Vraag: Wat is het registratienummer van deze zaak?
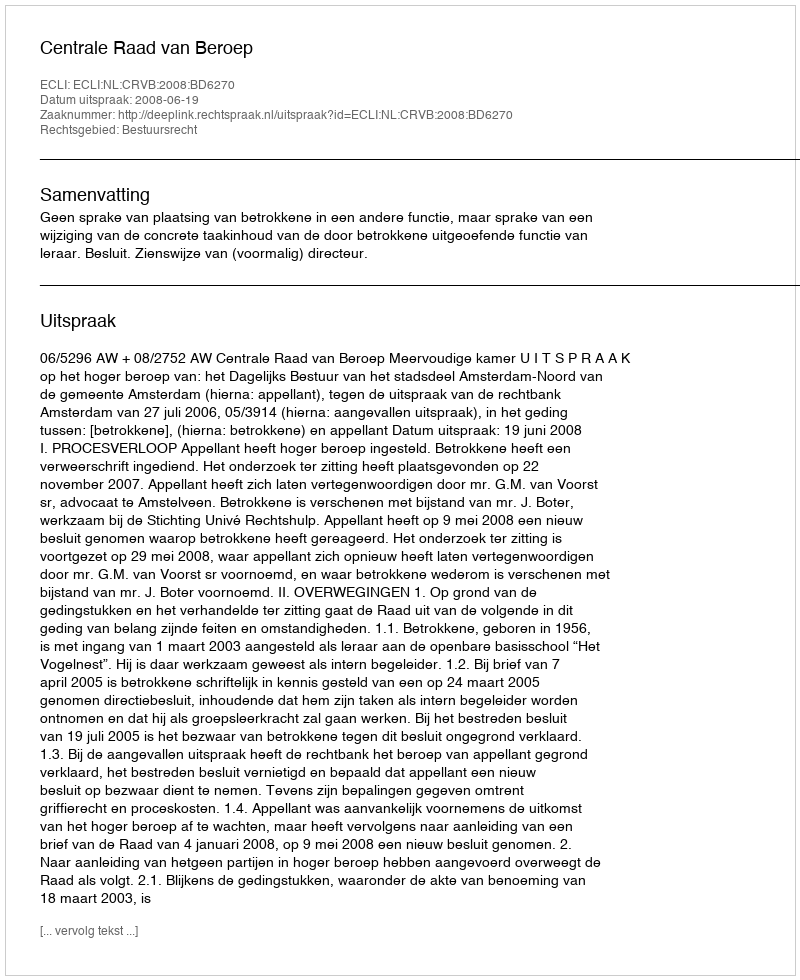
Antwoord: http://deeplink.rechtspraak.nl/uitspraak?id=ECLI:NL:CRVB:2008:BD6270